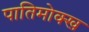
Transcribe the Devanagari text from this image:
पातिमोक्ख